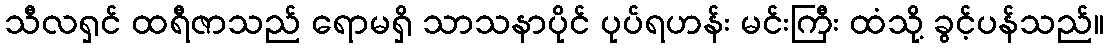
သီလရှင် ထရီဇာသည် ရောမရှိ သာသနာပိုင် ပုပ်ရဟန်း မင်းကြီး ထံသို့ ခွင့်ပန်သည်။